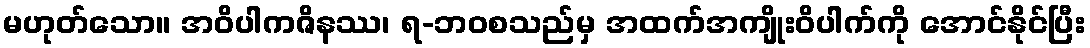
မဟုတ်သော။ အဝိပါကဇိနဿ၊ ရ-ဘဝစသည်မှ အထက်အကျိုးဝိပါက်ကို အောင်နိုင်ပြီး